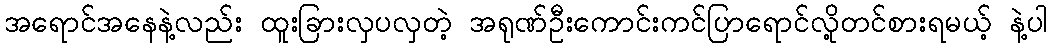
အရောင်အနေနဲ့လည်း ထူးခြားလှပလှတဲ့ အရုဏ်ဦးကောင်းကင်ပြာရောင်လို့တင်စားရမယ့် နဲ့ပါ